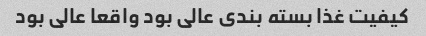
کیفیت غذا بسته بندی عالی بود واقعا عالی بود